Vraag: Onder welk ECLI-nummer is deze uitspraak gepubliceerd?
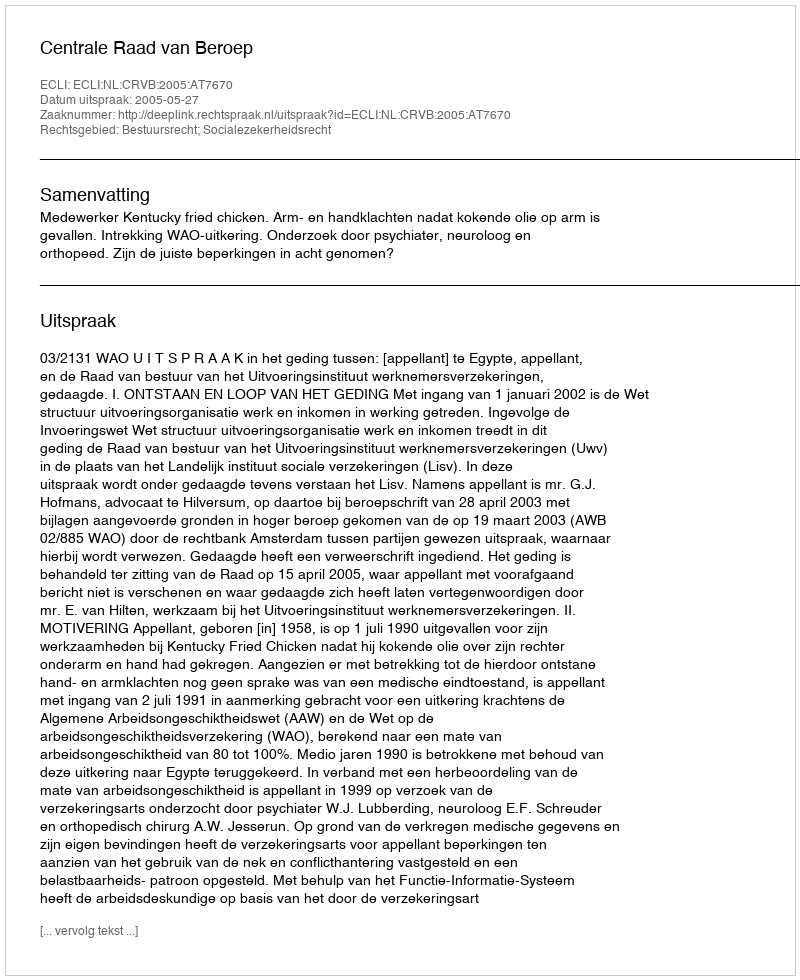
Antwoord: ECLI:NL:CRVB:2005:AT7670